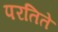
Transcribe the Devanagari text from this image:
परतिते